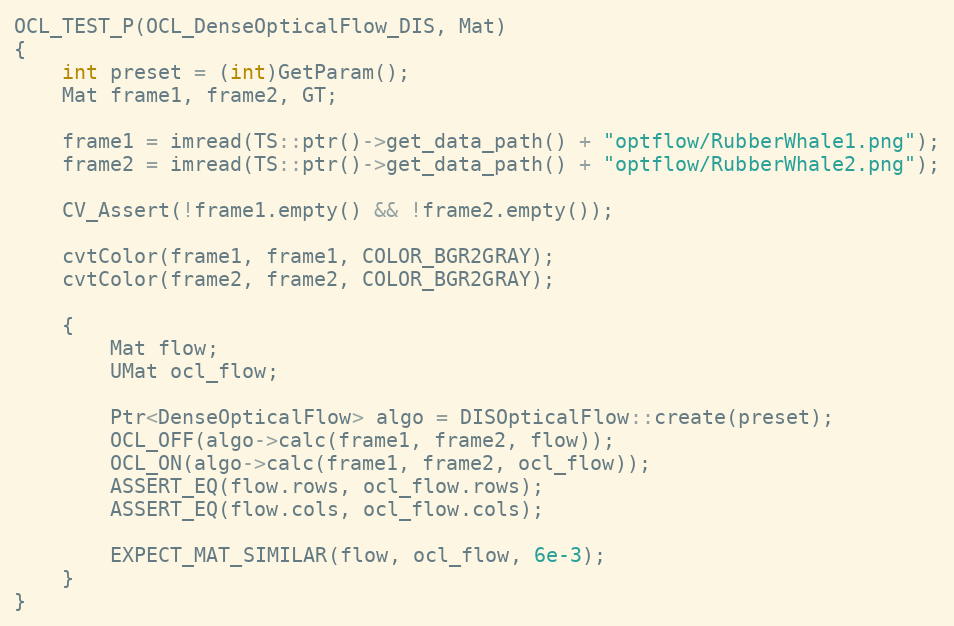
Language: C++
OCL_TEST_P(OCL_DenseOpticalFlow_DIS, Mat)
{
    int preset = (int)GetParam();
    Mat frame1, frame2, GT;

    frame1 = imread(TS::ptr()->get_data_path() + "optflow/RubberWhale1.png");
    frame2 = imread(TS::ptr()->get_data_path() + "optflow/RubberWhale2.png");

    CV_Assert(!frame1.empty() && !frame2.empty());

    cvtColor(frame1, frame1, COLOR_BGR2GRAY);
    cvtColor(frame2, frame2, COLOR_BGR2GRAY);

    {
        Mat flow;
        UMat ocl_flow;

        Ptr<DenseOpticalFlow> algo = DISOpticalFlow::create(preset);
        OCL_OFF(algo->calc(frame1, frame2, flow));
        OCL_ON(algo->calc(frame1, frame2, ocl_flow));
        ASSERT_EQ(flow.rows, ocl_flow.rows);
        ASSERT_EQ(flow.cols, ocl_flow.cols);

        EXPECT_MAT_SIMILAR(flow, ocl_flow, 6e-3);
    }
}